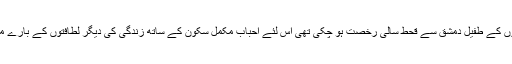
چونکہ ایک فوجی ڈکٹیٹر کی پالیسیوں کے طفیل دمشق سے قحط سالی رخصت ہو چکی تھی اس لئے احباب مکمل سکون کے ساتھ زندگی کی دیگر لطافتوں کے بارے میں تدبر اور مکالمہ کیا کرتے تھے۔